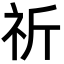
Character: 祈